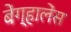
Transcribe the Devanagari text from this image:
बेंग्हालेंस